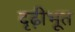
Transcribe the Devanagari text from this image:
दृढ़ीभूत